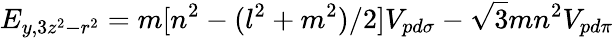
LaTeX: E_{y,3z^{2}-r^{2}}=m[n^{2}-(l^{2}+m^{2})/2]V_{pd\sigma}-{\sqrt{3}}mn^{2}V_{pd\pi}